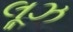
લૂઝ